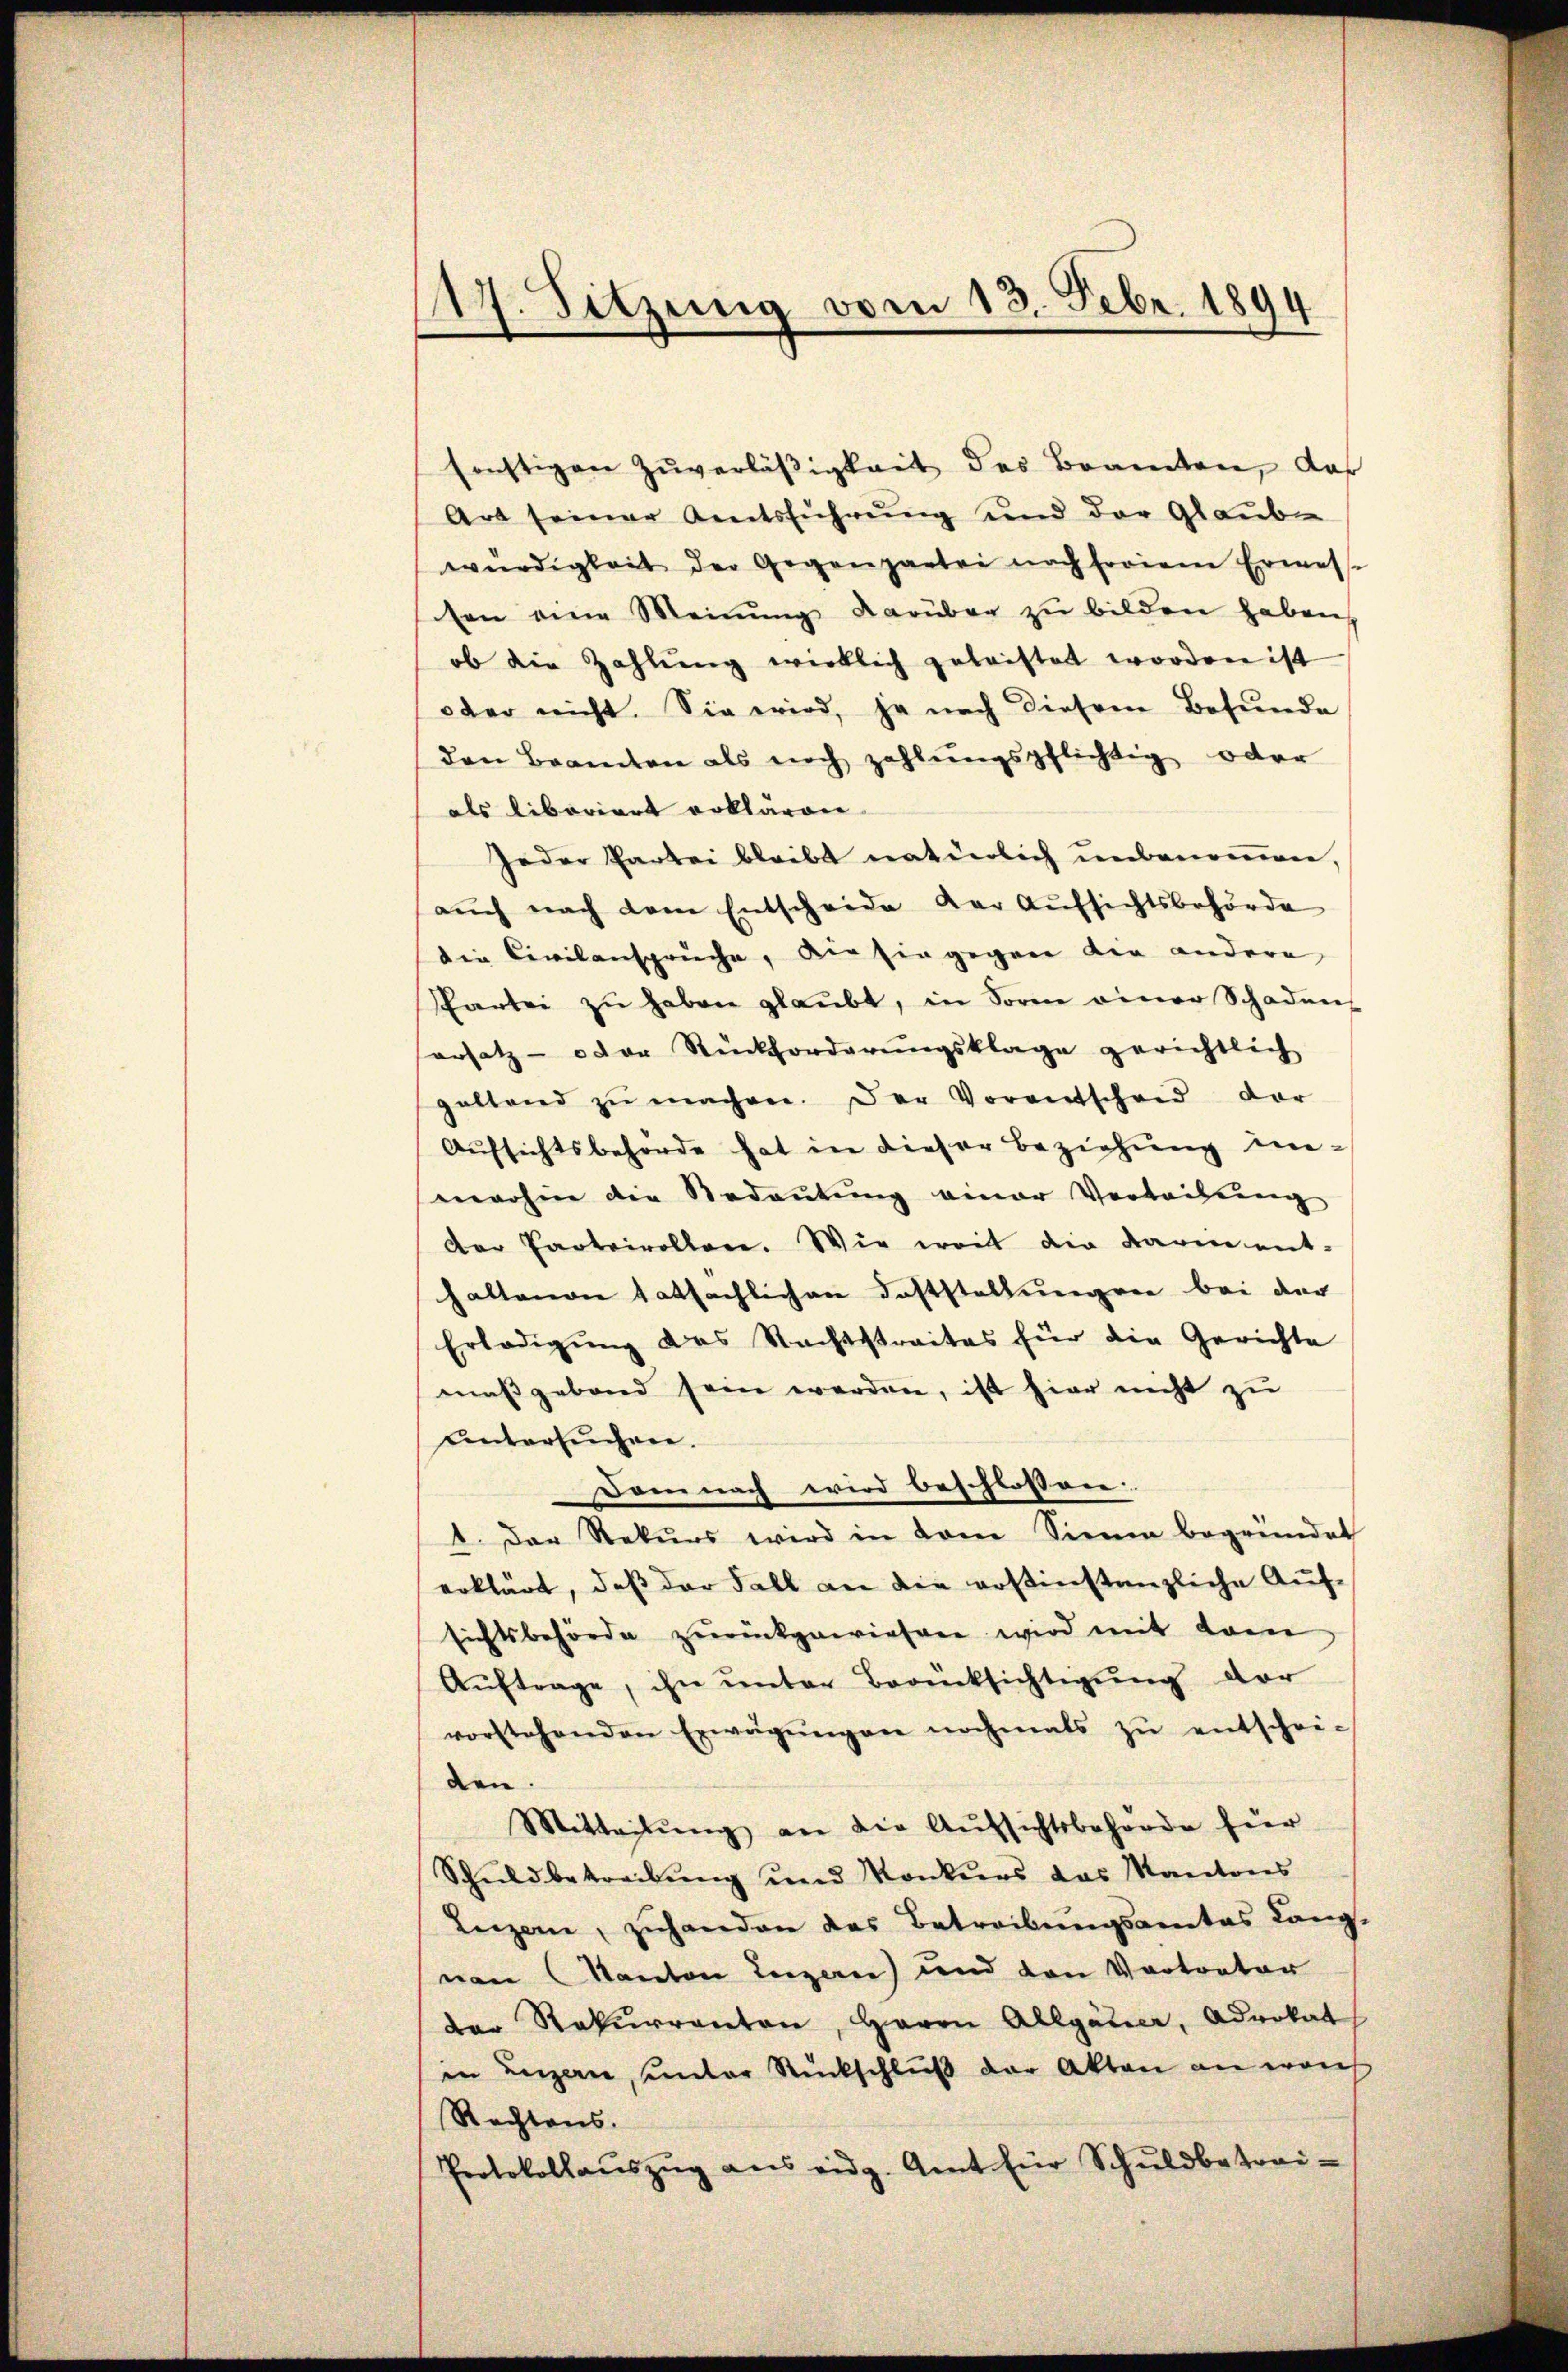
17. Sitzung vom 13. Febr. 1894

sonstigen Zuverläßigkeit des Beamten, daß
Art seiner Aentsführung und der Glauben
würdigkeit der Gegenpartei nach freiem Ermes-
ten eine Meinung darüber zu bilden haben
ob die Zahlŭng wirklich geleistet worden ist
oder nicht. Sie wird, je nach diesem Befunde
den Beamten als noch zahlŭngspflichtig oder
als libariert erklären
Jeder Partei bleibt natürlich unbenommen,
aŭch nach dem Entscheide der Aŭfsichtsbehörde
die Civilansprüche, die sie gegen die andere
Partei zŭ haben glaŭbt, in Sorne einer Schaden-
ersatz- oder Rückforderŭngsklage gerichtlich
geltend zŭ machen. Der Vorentscheid der
Aufsichtsbehörde hat in dieser Beziehung in-
marhin die Bedeutung einer Verleihung
der Parteivollen. Wie weit die darin ent-
haltenen tatsächlichen Doststellungen bei der
Erledigŭng des Nachtstraites für die Gerichte
maßgebend sein werden, ist hier nicht zu
untersuchen.
Dam nach wird beschlossen.
1. Der Rekŭrs wird in dem Sinne begründet
erklärt, daß der Fall an die erstinstanzliche Auf-
sichtsbehörde zurückgewiesen wird mit dem
Auftrage, ihn unter Berücksichtigung der
vorstehenden Erwägŭngen nochmals zŭ entschei-
den.
Mitteilung an die Aufsichtsbehörde hier
Schuldbetreibung und Konkurs das Kantons
Luzern, zŭhanden das Betreibŭngsamtes Lang-
nen Kanton Luzern) und den Vortreter
der Rekurrenten, Herrn Allgauer, Advokat
in Luzern, unter Rückschluß der Akten an woh
Rechtens.
Protokollaŭszŭg ans eidg. Amt für Schŭldbetrei-